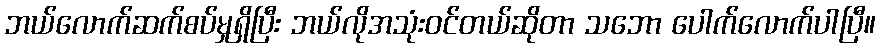
ဘယ်လောက်ဆက်စပ်မှုရှိပြီး ဘယ်လိုအသုံးဝင်တယ်ဆိုတာ သဘော ပေါက်လောက်ပါပြီ။